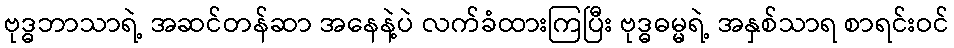
ဗုဒ္ဓဘာသာရဲ့ အဆင်တန်ဆာ အနေနဲ့ပဲ လက်ခံထားကြပြီး ဗုဒ္ဓဓမ္မရဲ့ အနှစ်သာရ စာရင်းဝင်